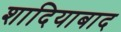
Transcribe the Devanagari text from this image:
शादियाबाद